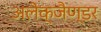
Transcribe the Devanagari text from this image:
अलेक्जैण्डर